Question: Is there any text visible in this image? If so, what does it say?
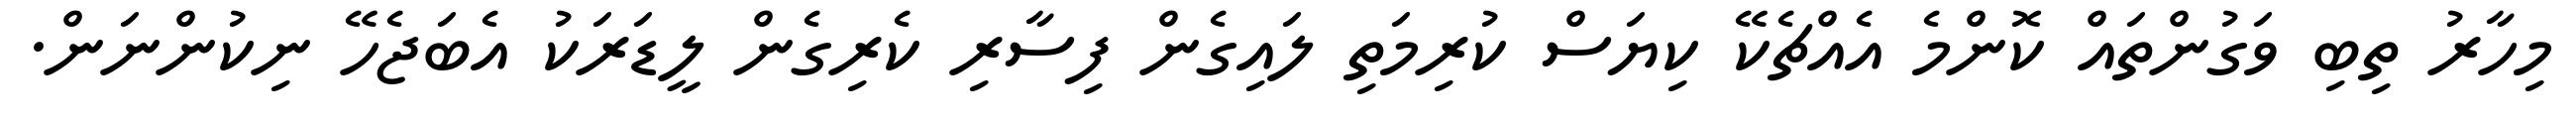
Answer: މިހާރު ތިބި ވަގުންތައް ކޮންމެ އެއްޗެކޭ ކިޔަސް ކުރިމަތި ލައިގެން ފިސާރި ކެރިގެން ލީޑަރަކު އެބަޖެހޭ ނިކުންނަން.